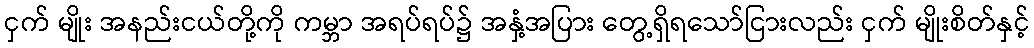
ငှက် မျိုး အနည်းငယ်တို့ကို ကမ္ဘာ အရပ်ရပ်၌ အနှံ့အပြား တွေ့ရှိရသော်ငြားလည်း ငှက် မျိုးစိတ်နှင့်